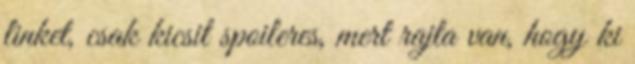
linket, csak kicsit spoileres, mert rajta van, hogy ki